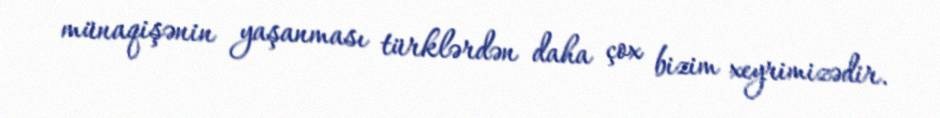
münaqişənin yaşanması türklərdən daha çox bizim xeyrimizədir.